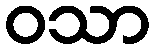
ဝသာ